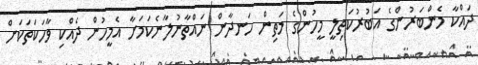
ދައްކާ މެންބަރުންގެ އަބުރުކަތިލީ މީހުންގެ މަތިން ހަނދާން ނައްތާނުލާނެކަމަށާ އެމީހުން ދެއްކި ވާހަކަތަކަށް